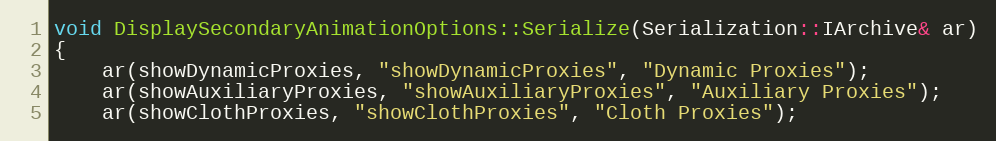
Language: C++
void DisplaySecondaryAnimationOptions::Serialize(Serialization::IArchive& ar)
{
	ar(showDynamicProxies, "showDynamicProxies", "Dynamic Proxies");
	ar(showAuxiliaryProxies, "showAuxiliaryProxies", "Auxiliary Proxies");
	ar(showClothProxies, "showClothProxies", "Cloth Proxies");